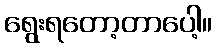
ရွေးရတော့တာပေါ့။